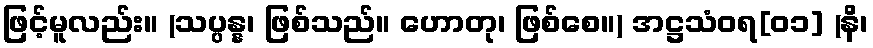
ဖြင့်မူလည်း။ (သပ္ပန္န၊ ဖြစ်သည်။ ဟောတု၊ ဖြစ်စေ။) အဋ္ဌသံဝရ[၀၁] (နိ၊